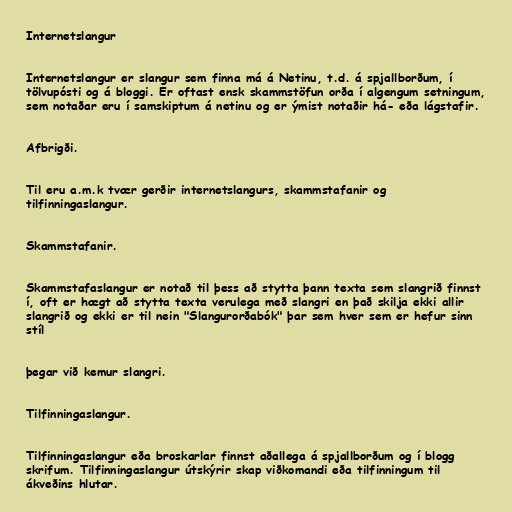
Internetslangur

Internetslangur er slangur sem finna má á Netinu, t.d. á spjallborðum, í
tölvupósti og á bloggi. Er oftast ensk skammstöfun orða í algengum setningum,
sem notaðar eru í samskiptum á netinu og er ýmist notaðir há- eða lágstafir.

Afbrigði.

Til eru a.m.k tvær gerðir internetslangurs, skammstafanir og
tilfinningaslangur.

Skammstafanir.

Skammstafaslangur er notað til þess að stytta þann texta sem slangrið finnst
í, oft er hægt að stytta texta verulega með slangri en það skilja ekki allir
slangrið og ekki er til nein "Slangurorðabók" þar sem hver sem er hefur sinn
stíl

þegar við kemur slangri.

Tilfinningaslangur.

Tilfinningaslangur eða broskarlar finnst aðallega á spjallborðum og í blogg
skrifum. Tilfinningaslangur útskýrir skap viðkomandi eða tilfinningum til
ákveðins hlutar.